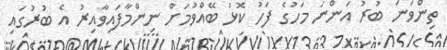
ތިންވަނަ ބުރު އަންނަ މަހުގެ ފަހު ކޮޅު ބޭއްވުމަށް ނިންމާފައިވާއިރު އެ ބުރުގައި